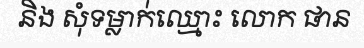
និង សុំទម្លាក់ឈ្មោះ លោក ផាន